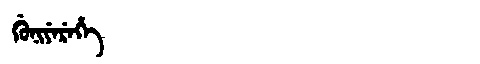
Manchu: ᡤᡠᠨᡳᠶᡝᡵᡝᡥᡝ
Romanization: GUNIYEREHE